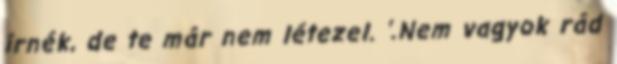
írnék, de te már nem létezel. '.Nem vagyok rád